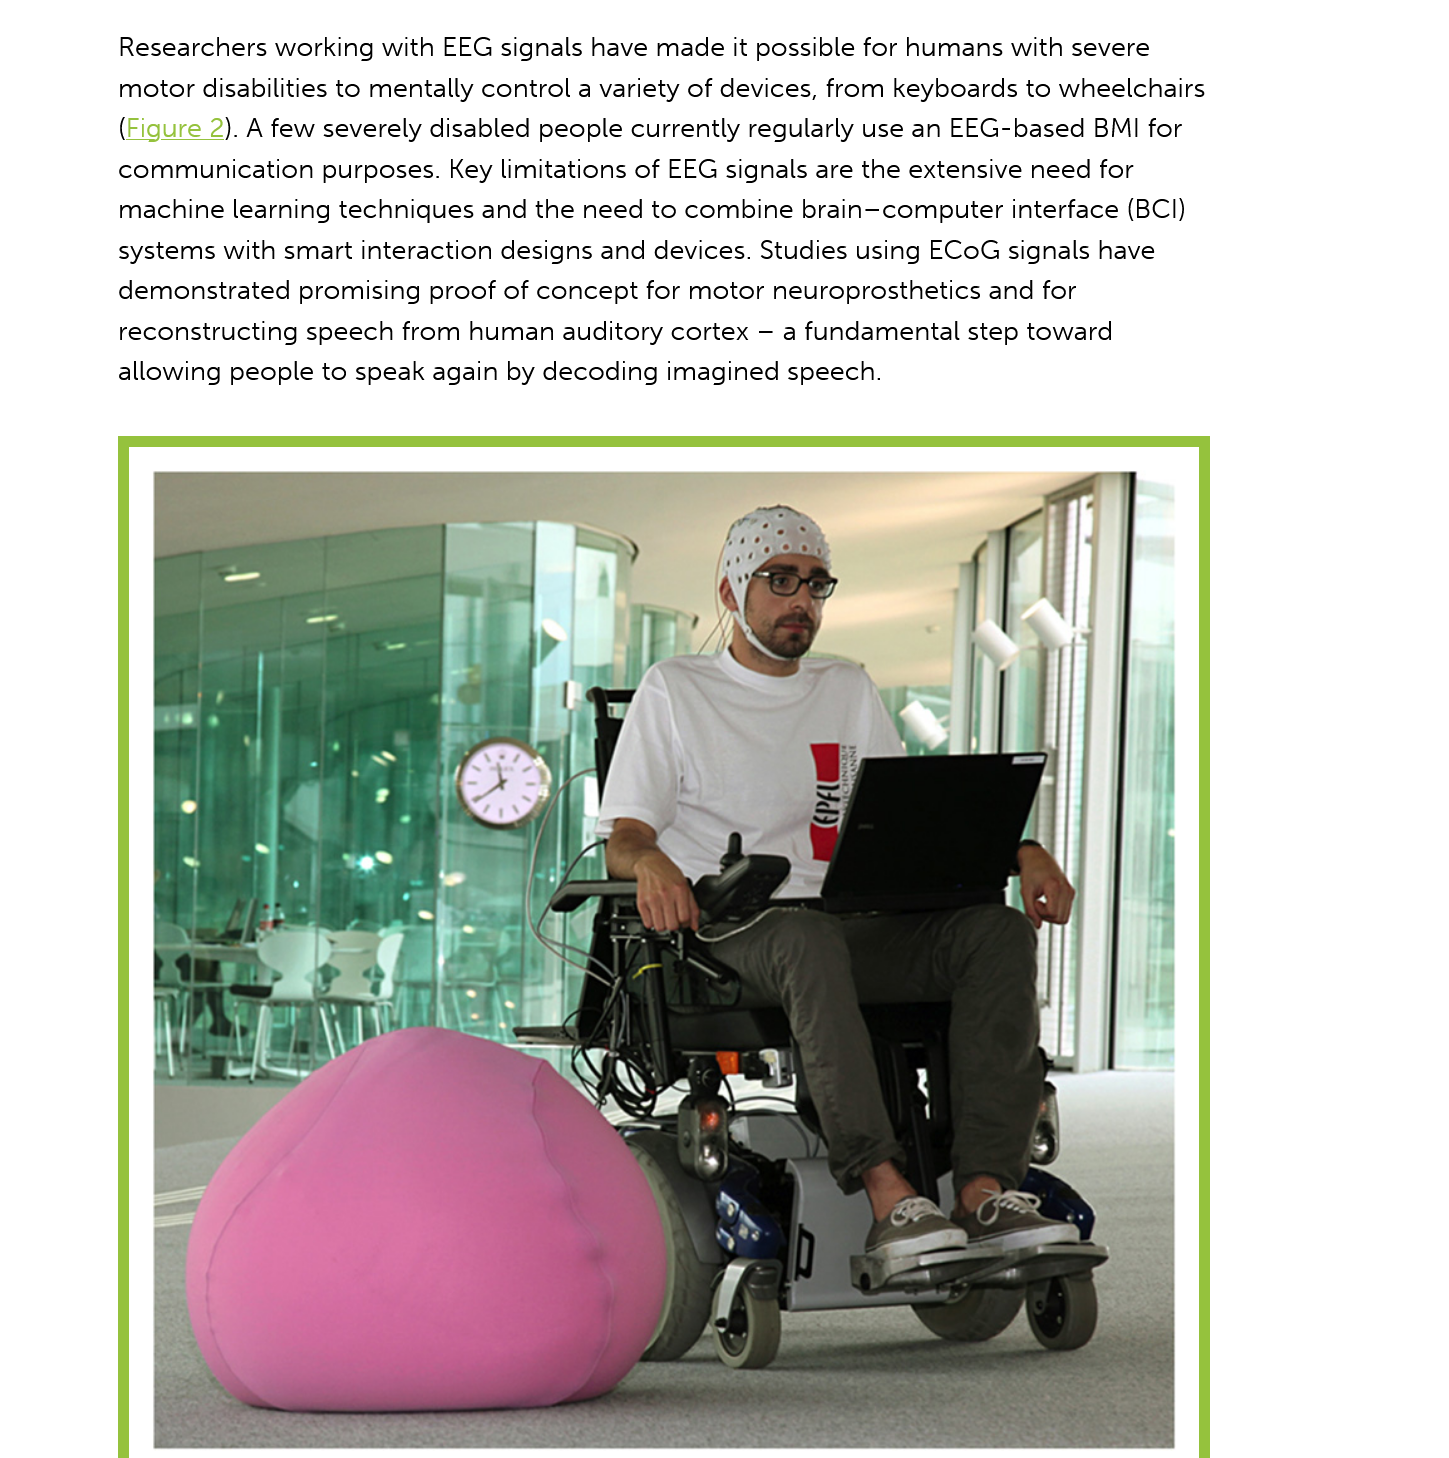
Researchers working with EEG signals have made it possible for humans with severe
     motor disabilities to mentally control a variety of devices, from keyboards to wheelchairs
     (Figure 2). A few severely disabled people currently regularly use an EEG-based BMI for
     communication  purposes. Key limitations of EEG signals are the extensive need for
     machine learning techniques and the need to combine brain—computer interface (BCI)
     systems with smart interaction designs and devices. Studies using ECoG signals have
     demonstrated promising proof of concept for motor neuroprosthetics and for
     reconstructing speech from human auditory cortex —
     a fundamental step toward
     allowing people to speak again by decoding imagined speech.